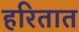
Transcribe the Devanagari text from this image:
हरितात